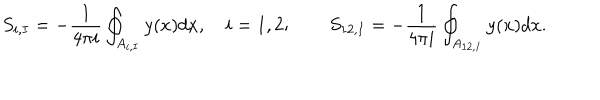
S _ { i , I } = - \frac { 1 } { 4 \pi i } \oint _ { A _ { i , I } } y ( x ) d x , \quad i = 1 , 2 ; \qquad S _ { 1 2 , I } = - \frac { 1 } { 4 \pi i } \oint _ { A _ { 1 2 , I } } y ( x ) d x .